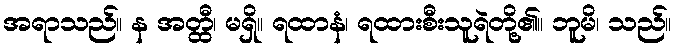
အရာသည်။ န အတ္ထီ၊ မရှိ။ ရထာနံ၊ ရထားစီးသူရဲတို့၏။ ဘူမိ၊ သည်။